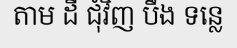
តាម ដី ជុំវិញ បឹង ទន្លេ